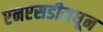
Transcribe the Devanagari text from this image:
एनएसडीमधून